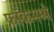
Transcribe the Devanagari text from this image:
फ्रॉकमध्ये